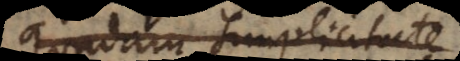
quadam simplicitate